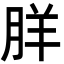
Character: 羘